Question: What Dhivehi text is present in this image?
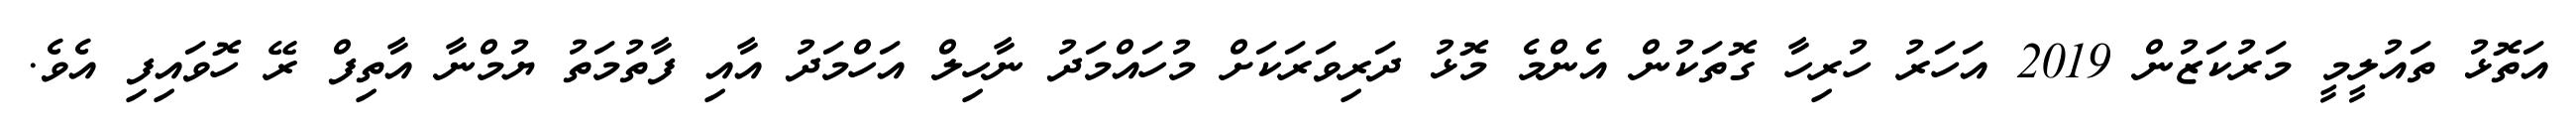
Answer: އަތޮޅު ތައުލީމީ މަރުކަޒުން 2019 އަހަރު ހުރިހާ ގޮތަކުން އެންމެ މޮޅު ދަރިވަރަކަށް މުހައްމަދު ނާހިލް އަހްމަދު އާއި ފާތުމަތު ޔުމްނާ އާތިފް ރޭ ހޮވައިފި އެވެ.